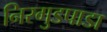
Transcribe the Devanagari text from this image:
निरगुडपाडा